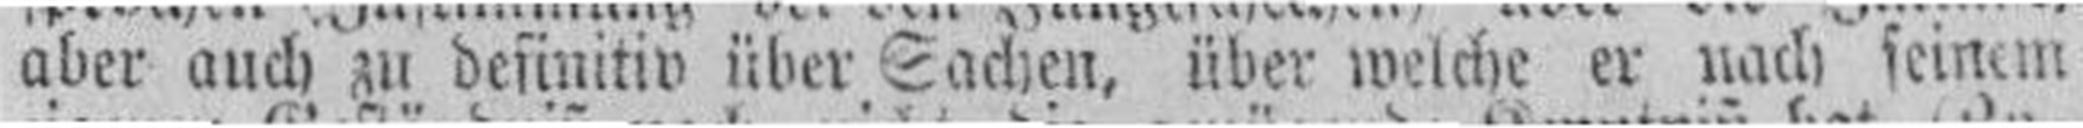
aber auch zu defintiv über Sachen, über welche er nach seinem